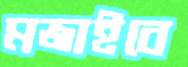
মজাইবে